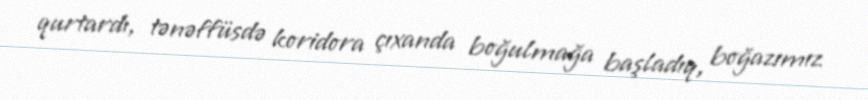
qurtardı, tənəffüsdə koridora çıxanda boğulmağa başladıq, boğazımız